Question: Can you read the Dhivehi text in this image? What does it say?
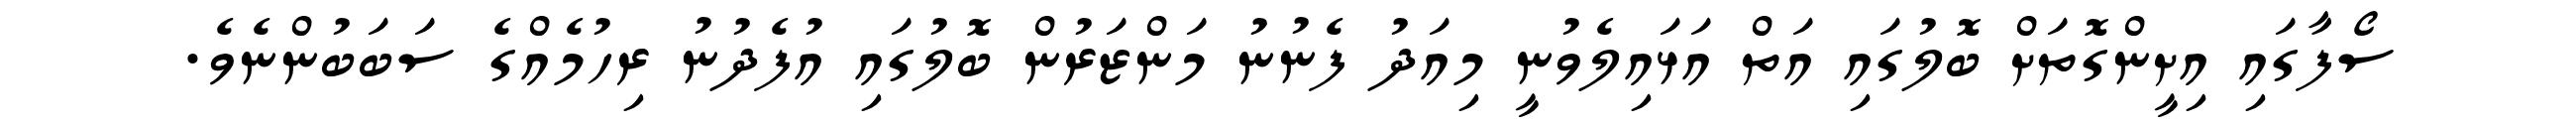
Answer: ސޯފާގައި އިށީންގޮތަށް ބޮލުގައި އަތް އަޅައިލެވުނީ މިއަދު ފެނުނު މަންޒަރުން ބޮލުގައި އުފެދުނު ރިހުމެއްގެ ސަބަބުންނެވެ.